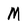
Character: M